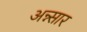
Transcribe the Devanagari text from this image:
अन्न्सार